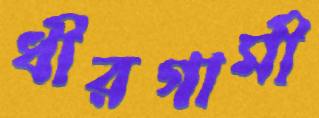
ধীরগামী